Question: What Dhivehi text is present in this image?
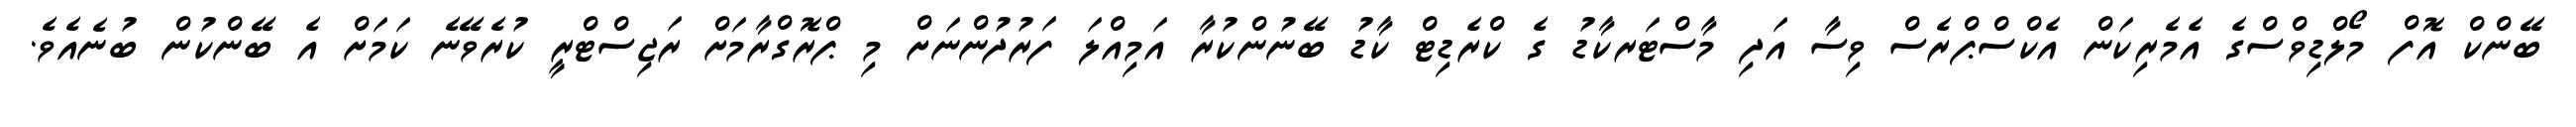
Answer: ބޭންކް އޮފް މޯލްޑިވްސްގެ އެމެރިކަން އެކްސްޕްރެސް ވިސާ އަދި މާސްޓަރކާޑު ގެ ކްރެޑިޓް ކާޑު ބޭނުންކުރާ އަމިއްލަ ފަރުދުންނަށް މި ޕްރޮގްރާމަށް ރަޖިސްޓްރީ ކުރެވޭނެ ކަމަށް އެ ބޭންކުން ބުނެއެވެ.